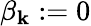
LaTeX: \beta_{\mathbf{k}}:=0